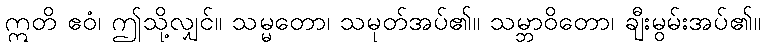
ဣတိ ဧဝံ၊ ဤသို့လျှင်။ သမ္မတော၊ သမုတ်အပ်၏။ သမ္ဘာဝိတော၊ ချီးမွမ်းအပ်၏။